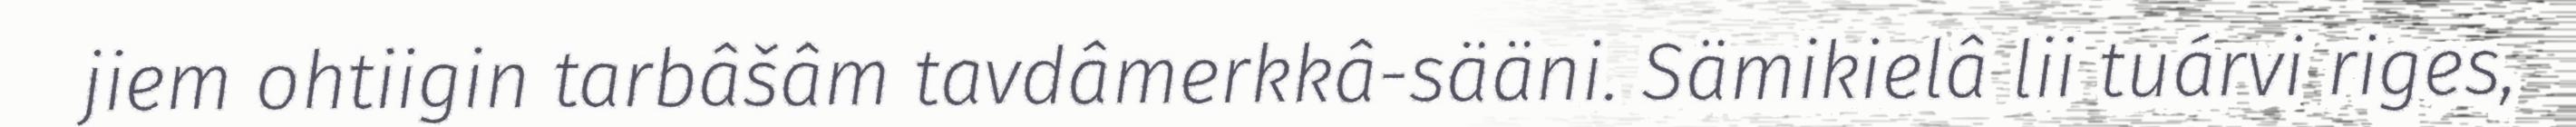
jiem ohtiigin tarbâšâm tavdâmerkkâ-sääni. Sämikielâ lii tuárvi riges,